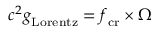
c ^ { 2 } \boldsymbol { g } _ { \mathrm { L o r e n t z } } = \boldsymbol { f } _ { \mathrm { c r } } \boldsymbol { \times } \boldsymbol { \Omega }